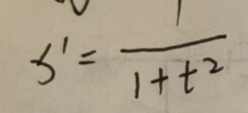
\[ \xi' = \frac{1}{1 + t^{2}} \]